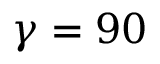
\gamma = 9 0